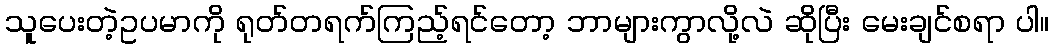
သူပေးတဲ့ဥပမာကို ရုတ်တရက်ကြည့်ရင်တော့ ဘာများကွာလို့လဲ ဆိုပြီး မေးချင်စရာ ပါ။